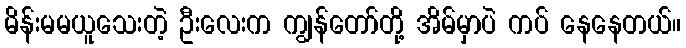
မိန်းမမယူသေးတဲ့ ဦးလေးက ကျွန်တော်တို့ အိမ်မှာပဲ ကပ် နေနေတယ်။